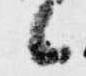
候